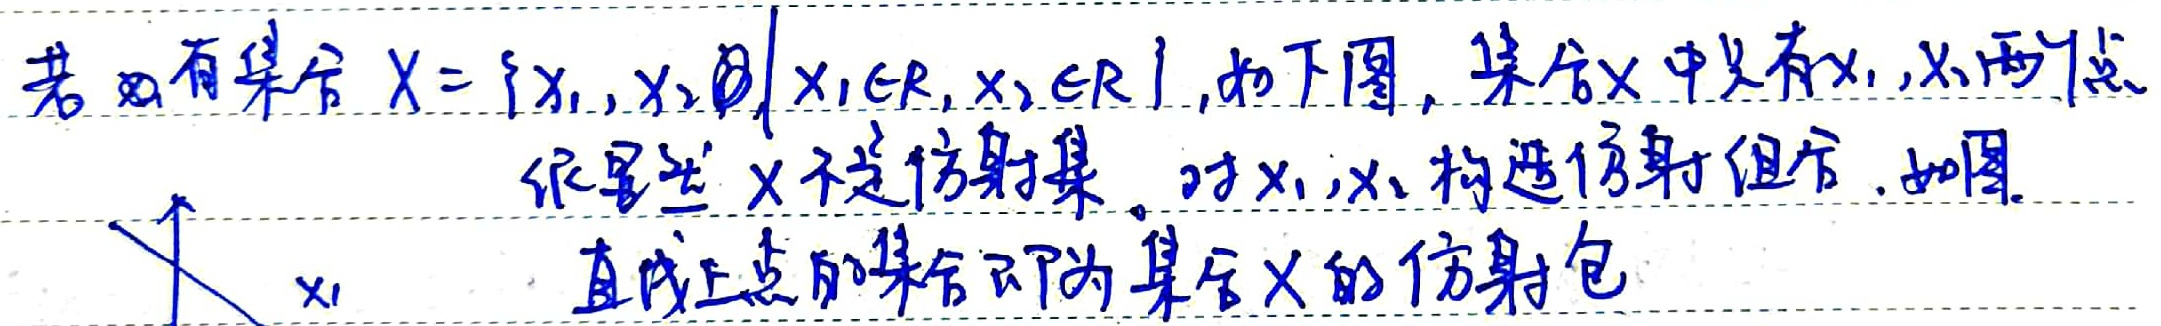
若有集合 \(X = \{ x_1, x_2\mid x_1\in\mathbb{R}, x_2\in\mathbb{R}\}\)，如下图，集合 \(X\)中只有 \(x_1\)，\(x_2\)两点。很显然 \(X\)不是仿射集。对 \(x_1\)，\(x_2\)构造仿射组合，如图。直线上点的集合即为集合 \(X\)的仿射包 \(x_1\) 。